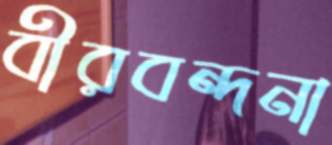
বীরবন্দনা